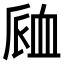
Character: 𧖴